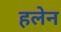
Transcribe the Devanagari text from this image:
हलेन